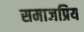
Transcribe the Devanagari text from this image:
समाजप्रिय